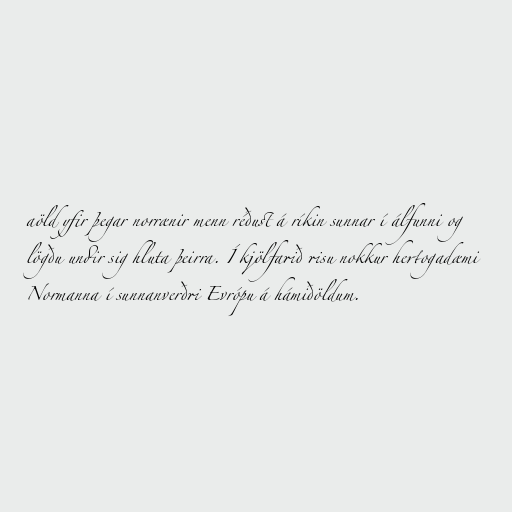
aöld yfir þegar norrænir menn réðust á ríkin sunnar í álfunni og
lögðu undir sig hluta þeirra. Í kjölfarið risu nokkur hertogadæmi
Normanna í sunnanverðri Evrópu á hámiðöldum.